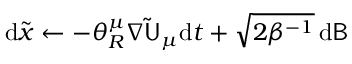
\mathrm { d } \tilde { { \boldsymbol { x } } } \gets - \theta _ { R } ^ { \mu } \nabla \mathsf { \tilde { U } } _ { \mu } \mathrm { d } t + \sqrt { 2 \beta ^ { - 1 } } \, \mathrm { d } \mathsf { B }